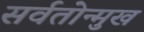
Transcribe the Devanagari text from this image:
सर्वतोन्मुख